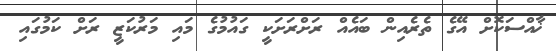
ޚާއްސަކޮށް އޭގެ ތެރެއިން ބައެއް ރަށްރަށަކީ ގައުމުގެ މައި މަރުކަޒީ ރަށް ކަމުގައި